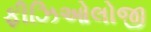
ફીઝિઓલોજી